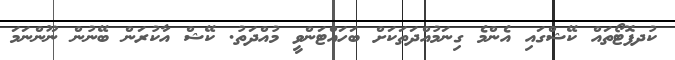
ކުދފޮޓޯތައް ކޭޝްގައި އެންމެ ގިނަމުއްދަތަކަށް ބަހައްޓަންވީ މުއްދަތު. ކޭޝް އާކުރަން ބޭނުން ނޫންނަމަ